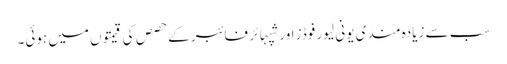
سب سے زیادہ مندی یونی لیور فوڈز اور شپہائر فائبر کے حصص کی قیمتوں میں ہوئی۔